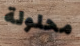
محلولة